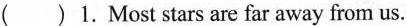
( )1.Most stars are far away from us.